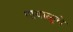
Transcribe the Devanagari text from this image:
पायाळूचे